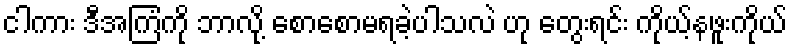
ငါကား ဒီအကြံကို ဘာလို့ စောစောမရခဲ့ပါသလဲ ဟု တွေးရင်း ကိုယ့်နဖူးကိုယ်